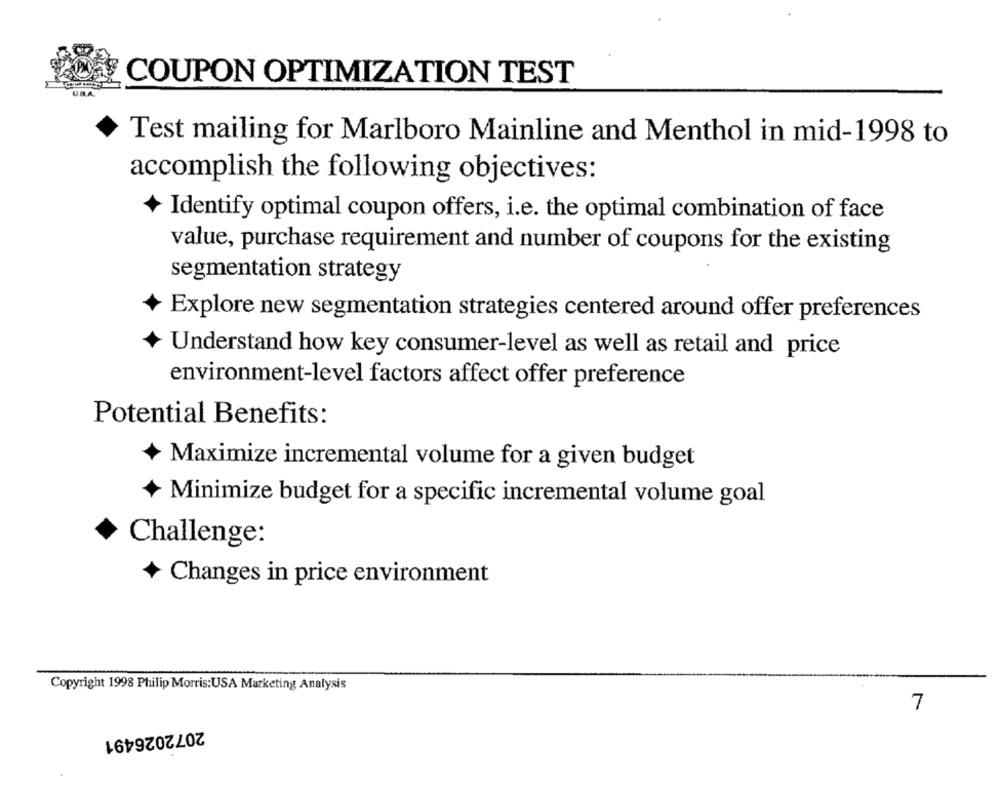
COUPON OPTIMIZATION TEST
Test mailing for Marlboro Mainline and Menthol in mid-1998 to
accomplish the following objectives:
Identify optimal coupon offers, i.e. the optimal combination of face
value, purchase requirement and number of coupons for the existing
segmentation strategy
Explore new segmentation strategies centered around offer preferences
Understand how key consumer-level as well as retail and price
environment-level factors affect offer preference
Potential Benefits:
Maximize incremental volume for a given budget
Minimize budget for a specific incremental volume goal
Challenge:
Changes in price environment
Copyright 1998 Philip Morris:USA Marketing Analysis
7
2072026491